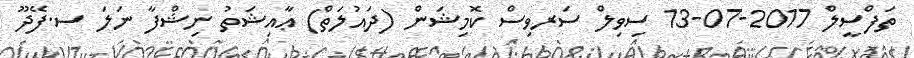
ތަފްސީލް 2017-07-13 ސިވިލް ސަރވިސް ކޮމިޝަން (ދައުލަތް) ޢާއިޝަތު ނިޝްފާ ނަލަ ސ.ފޭދޫ